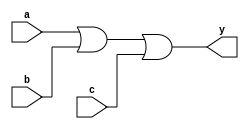
module or3(input a,input b,input c,output y);
	assign y = a | b | c;
endmodule